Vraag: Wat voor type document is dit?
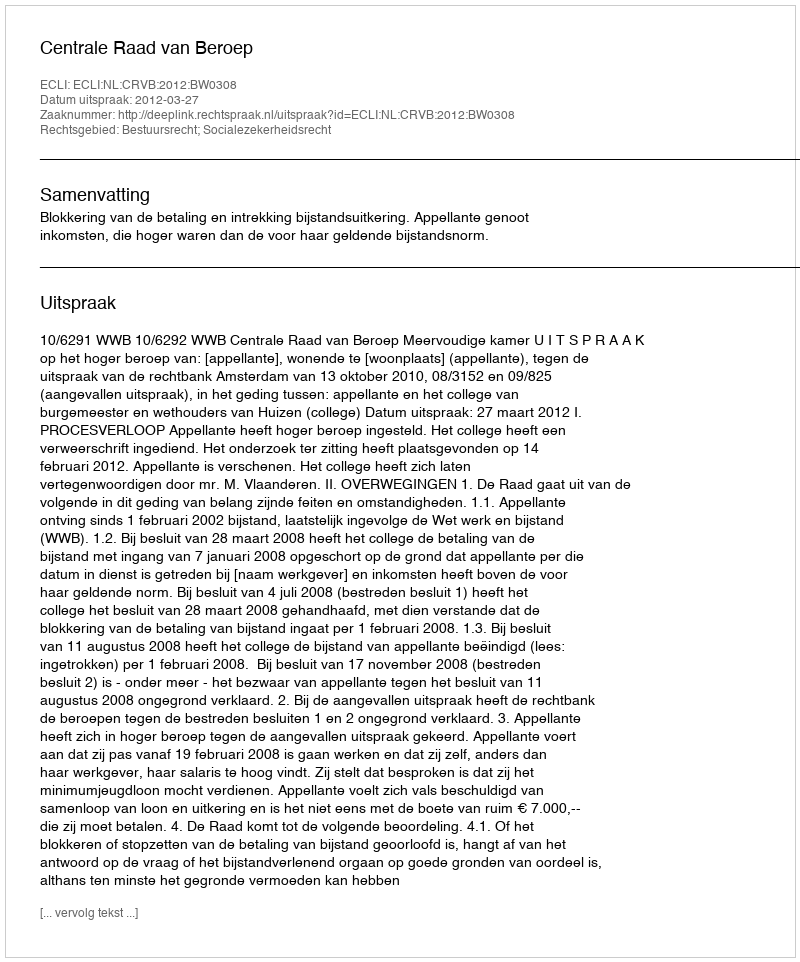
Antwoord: Uitspraak